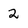
Character: 2